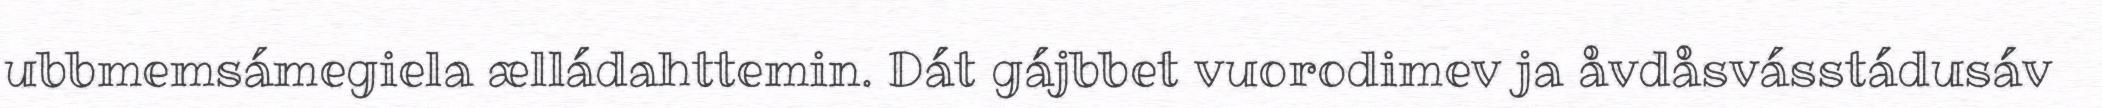
ubbmemsámegiela ælládahttemin. Dát gájbbet vuorodimev ja åvdåsvásstádusáv